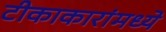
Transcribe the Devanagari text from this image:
टीकाकारांमध्ये